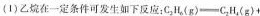
( 1 ) 乙烷在一定条件可发生如下反应：$$C _ { 2 } H _ { 6 } ( g ) = C _ { 2 } H _ { 4 } ( g ) +